Report on vaccination in the Province of Bengal - 1874-1889
Year: 1874
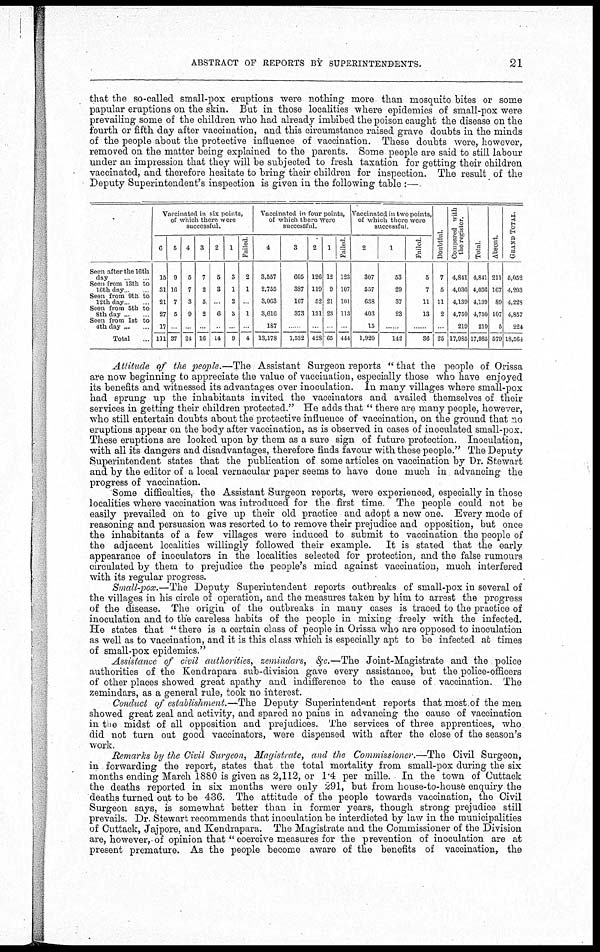
ABSTRACT OF REPORTS BY SUPERINTENDENTS.
21
that the so-called small-pox eruptions were nothing more than mosquito bites or some
papular eruptions on the skin. But in those localities where epidemics of small-pox were
prevailing some of the children who had already imbibed the poison caught the disease on the
fourth or fifth day after vaccination, and this circumstance raised grave doubts in the minds
of the people about the protective influence of vaccination. These doubts were, however,
removed on the matter being explained to the parents. Some people are said to still labour
under an impression that they will be subjected to fresh taxation for getting their children
vaccinated, and therefore hesitate to bring their children for inspection. The result of the
Deputy Superintendent's inspection is given in the following table :—
Seen after the 16th
day
Seen from 13th to
16th day
Seen from 9th to
12th day
Seen from 5th to
8th day ...
Seen from 1st to
4th day ...
Total ...
Vaccinated in six points,
of which there were
successful.
6
15
31
21
27
17
111
6
9
16
7
5
...
37
4
6
7
3
9
...
24
3
7
2
5
2
...
16
2
5
3
...
6
...
14
1
3
1
2
3
...
9
Failed
2
1
...
1
...
4
Vaccinated in four points,
of which there were
successful.
4
3,557
2,755
3,063
3,616
187
13,178
3
605
387
167
373
...
1,532
2
126
119
52
131
...
428
1
12
9
21
23
...
65
Failed
123
107
101
113
...
444
successful.
2
307
557
638
403
15
1,920
1
53
29
37
23
...
142
Failed.
5
7
11
13
...
36
Doubtful
7
5
11
2
...
25
Compared with
the register.
4,841
4,036
4,139
4,750
219
17,985
Total
4,841
4,036
4,139
4,750
219
17,985
Absent.
211
167
89
107
5
579
GRAND TOTAL.
5,052
4,203
4,228
4,857
224
18,564
Attitude of the people.—The Assistant Surgeon reports " that the people of Orissa
are now beginning to appreciate the value of vaccination, especially those who have enjoyed
its benefits and witnessed its advantages over inoculation. In many villages where small-pox
had sprung up the inhabitants invited the vaccinators and availed themselves of their
services in getting their children protected." He adds that " there are many people, however,
who still entertain doubts about the protective influence of vaccination, on the ground that no
eruptions appear on the body after vaccination, as is observed in cases of inoculated small-pox.
These eruptions are looked upon by them as a sure sign of future protection. Inoculation,
with all its dangers and disadvantages, therefore finds favour with these people." The Deputy
Superintendent states that the publication of some articles on vaccination by Dr. Stewart
and by the editor of a local vernacular paper seems to have done much in advancing the
progress of vaccination.
Some difficulties, the Assistant Surgeon reports, were experienced, especially in those
localities where vaccination was introduced for the first time. The people could not be
easily prevailed on to give up their old practice and adopt a new one. Every mode of
reasoning and persuasion was resorted to to remove their prejudice and opposition, but once
the inhabitants of a few villages were induced to submit to vaccination the people of
the adjacent localities willingly followed their example. It is stated that the early
appearance of inoculators in the localities selected for protection, and the false rumours
circulated by them to prejudice the people's mind against vaccination, much interfered
with its regular progress.
Small-pox.—The Deputy Superintendent reports outbreaks of small-pox in several of
the villages in his circle of operation, and the measures taken by him to arrest the progress
of the disease. The origin of the outbreaks in many cases is traced to the practice of
inoculation and to the careless habits of the people in mixing freely with the infected.
He states that " there is a certain class of people in Orissa who are opposed to inoculation
as well as to vaccination, and it is this class which is especially apt to be infected at times
of small-pox epidemics."
Assistance of civil authorities, semindars, &c.—The Joint-Magistrate and the police
authorities of the Kendrapara sub-division gave every assistance, but the police-officers
of other places showed great apathy and indifference to the cause of vaccination. The
zemindars, as a general rule, took no interest.
Conduct of establishment.—The Deputy Superintendent reports that most,of the men
showed great zeal and activity, and spared no pains in advancing the cause of vaccination
in the midst of all opposition and prejudices. The services of three apprentices, who
did not turn out good vaccinators, were dispensed with after the close of the season's
work.
Remarks by the Civil Surgeon, Magistrate, and the Commissioner.—The Civil Surgeon,
in forwarding the report, states that the total mortality from small-pox during the six
months ending March 1880 is given as 2,112, or 1.4 per mille. In the town of Cuttack
the deaths reported in six months were only 291, but from house-to-house enquiry the
deaths turned out to be 436. The attitude of the people towards vaccination, the Civil
Surgeon says, is somewhat better than in former years, though strong prejudice still
prevails. Dr. Stewart recommends that inoculation be interdicted by law in the municipalities
of Cuttack, Jajpore, and Kendrapara. The Magistrate and the Commissioner of the Division
are, however, of opinion that " eoercive measures for the prevention of inoculation are at
present premature. As the people become aware of the benefits of vaccination, the